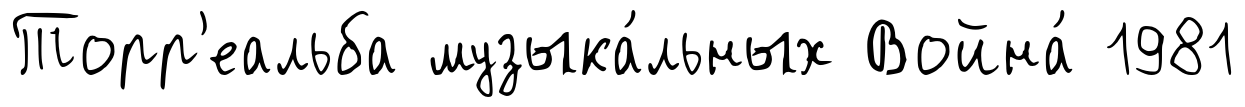
Торр'еальба музыка́льных Война́ 1981